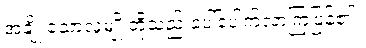
အချို့ သောလူမျိုးတို့သည် ပေါ်ပေါက်လာကြပြန်၏။